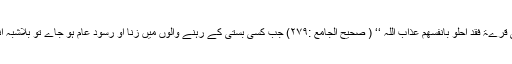
اللہ کے رسول ﷺ نے فرمایا : ’’ اذا ظھر الزنا والربا فی قرےۃ فقد احلو بانفسھم عذاب اللّٰہ ‘‘ ( صحیح الجامع :۲۷۹) جب کسی بستی کے رہنے والوں میں زنا او رسود عام ہو جاے تو بلاشبہ انہوں نے خود اللہ کے عذاب کو اپنے اوپر مسلط کرلیا ۔